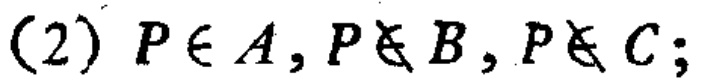
(2) \(P\in A, P\notin B, P\notin C;\)